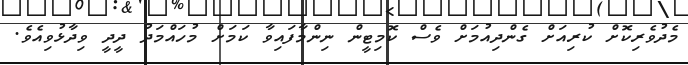
މެދުވެރިކޮށް ކުރިއަށް ގެންދިއުމަށް ވެސް ކޮމިޓީން ނިންމާފައިވާ ކަމަށް މުހައްމަދު ދީދީ ވިދާޅުވިއެވެ.